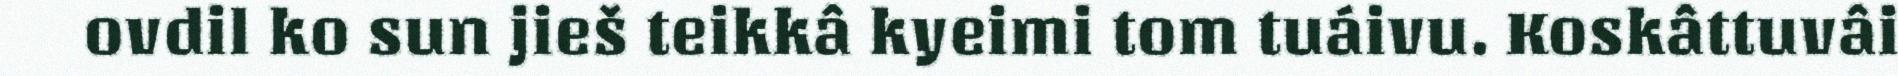
ovdil ko sun jieš teikkâ kyeimi tom tuáivu. Koskâttuvâi